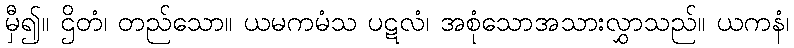
မှီ၍။ ဌိတံ၊ တည်သော။ ယမကမံသ ပဋလံ၊ အစုံသောအသားလွှာသည်။ ယကနံ၊